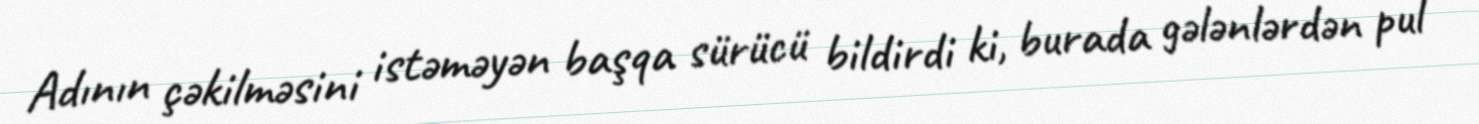
Adının çəkilməsini istəməyən başqa sürücü bildirdi ki, burada gələnlərdən pul